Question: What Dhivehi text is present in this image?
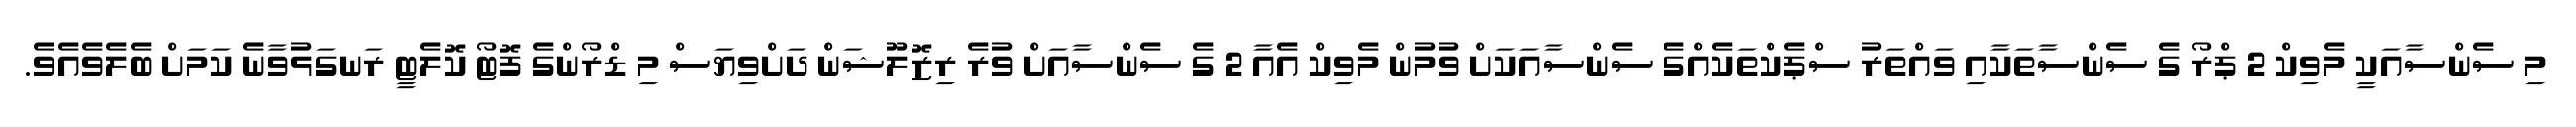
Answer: މި ސެންސާއަކީ މެވިކް 2 ޕްރޯ ގެ ސެންސާތަކާއި ވައްތަރު ސްޕެކްތަކެއްގެ ސެންސާއަކަށް ވުމުން މެވިކް އެއާ 2 ގެ ސެންސާއަށް ވުރެ ރިޒޮލޫޝަން ދަށްވިޔަސް މި ޑްރޯންގެ ފޮޓޯ ކޮލެޓީ ރަނގަޅުވާނެ ކަމަށް ބެލެވެއެވެ.